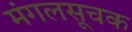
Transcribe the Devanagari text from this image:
मंगलसूचक